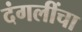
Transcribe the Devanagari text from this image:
दंगलींचा